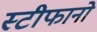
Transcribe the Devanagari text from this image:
स्टीफानो